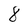
Character: 8